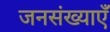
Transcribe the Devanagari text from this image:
जनसंख्याएँ